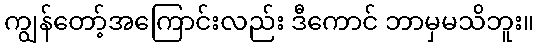
ကျွန်တော့်အကြောင်းလည်း ဒီကောင် ဘာမှမသိဘူး။